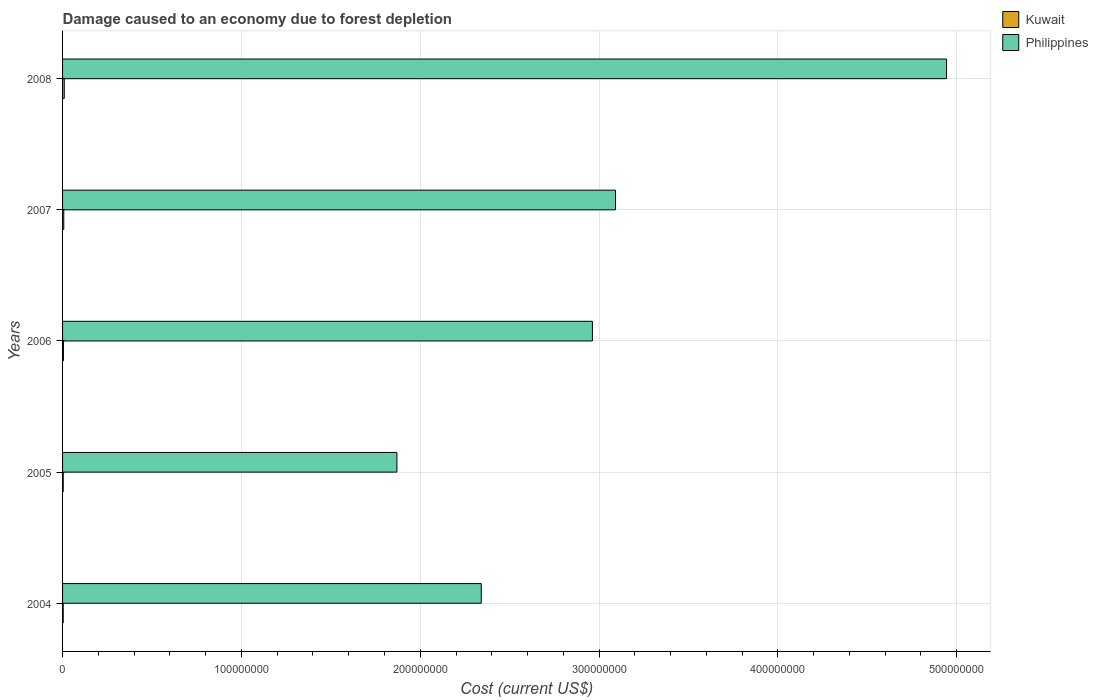
| Years | Kuwait | Philippines |
 | --- | --- | --- |
 | 2004 | 3.68e+05 | 2.34e+08 |
 | 2005 | 3.75e+05 | 1.87e+08 |
 | 2006 | 4.88e+05 | 2.96e+08 |
 | 2007 | 6.83e+05 | 3.09e+08 |
 | 2008 | 9.52e+05 | 4.94e+08 |